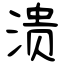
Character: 溃